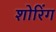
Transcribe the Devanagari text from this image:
शोरिंग